system: You are a helpful assistant.
user:
Analyze the provided spectrum to determine if it is a **"Cataclysmic Variables (CV)"**.

- **Key Indicators for CV (Check for either state):**
    - **State 1: Quiescent / Low-State (Emission-Dominated)**
        - **(Primary):** Strong and *very broad* Hydrogen Balmer emission lines (e.g., $H\alpha$ at 6563 Å, $H\beta$ at 4861 Å). The 'broadness' (high velocity dispersion, often FWHM > 1000 km/s) is the key diagnostic, indicating a high-velocity accretion disk.
        - **(Secondary):** Broad neutral Helium (He I) emission lines (e.g., 5876 Å, 6678 Å).
        - **(Key Confirmation):** Presence of high-excitation *ionized* Helium (He II) emission at 4686 Å. This is a strong indicator of accretion onto a white dwarf.
        - **(Line Profile):** Emission lines may exhibit a 'double-peaked' profile, which is a classic signature of a rotating accretion disk viewed at high inclination.

    - **State 2: Outburst / High-State (Absorption-Dominated)**
        - **(Primary):** Spectrum is dominated by a bright, blue continuum (looks like a hot star).
        - **(Secondary):** The emission lines from State 1 are weak, absent, or 'filled in', and are replaced by broad, shallow *absorption* lines (primarily Balmer and He I).
        - **(Morphology):** The overall spectrum mimics a hot B/A-type star. The crucial difference is that the absorption lines are significantly broader, shallower, and more 'washed-out' (or 'smeared') than the sharp lines of a normal stellar photosphere, due to high rotational speeds and pressure broadening in the disk.

Think first, call **spectral_visualization_tool** if needed to examine features in detail, then provide your final answer. Your response must adhere to the following strict rules:
1.  **Overall Structure:** Your response must follow the format `<think>...</think> <tool_call>...</tool_call> (if a tool is used) <answer>...</answer>`.
2.  **Tool Usage Constraint:** You may only make **one** tool call per turn.
3.  **Final Answer Format:** In the `<answer>` tag, your conclusion must be inside a `\boxed{}` command (e.g., `\boxed{YES}`), followed by your justification.

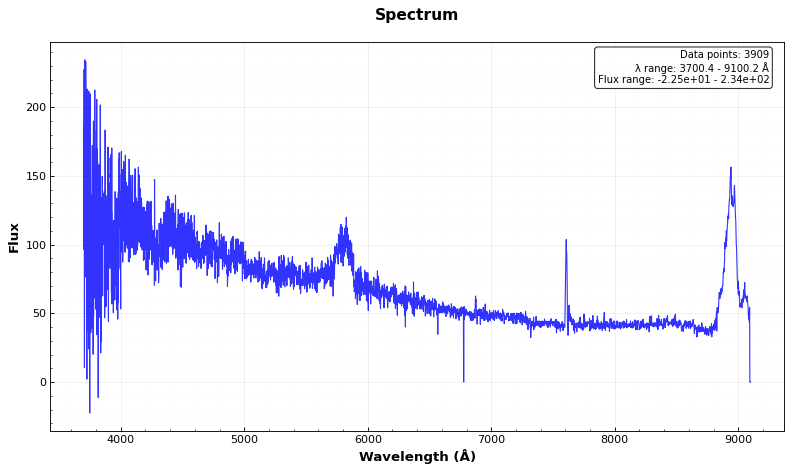
Answer: NO